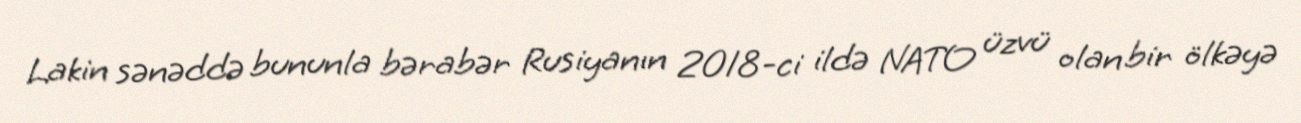
Lakin sənəddə bununla bərabər Rusiyanın 2018-ci ildə NATO üzvü olan bir ölkəyə